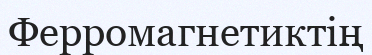
Ферромагнетиктің